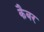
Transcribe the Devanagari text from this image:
कैबर